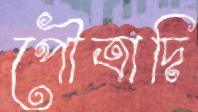
পৌত্রাদি